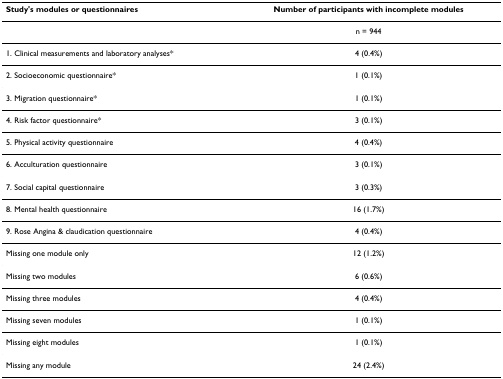
<table><thead><tr><td><b>Study&#x27;s modules or questionnaires</b></td><td><b>Number of participants with incomplete modules</b></td></tr></thead><tbody><tr><td></td><td>n = 944</td></tr><tr><td>1. Clinical measurements and laboratory analyses*</td><td>4 (0.4%)</td></tr><tr><td>2. Socioeconomic questionnaire*</td><td>1 (0.1%)</td></tr><tr><td>3. Migration questionnaire*</td><td>1 (0.1%)</td></tr><tr><td>4. Risk factor questionnaire*</td><td>3 (0.1%)</td></tr><tr><td>5. Physical activity questionnaire</td><td>4 (0.4%)</td></tr><tr><td>6. Acculturation questionnaire</td><td>3 (0.1%)</td></tr><tr><td>7. Social capital questionnaire</td><td>3 (0.3%)</td></tr><tr><td>8. Mental health questionnaire</td><td>16 (1.7%)</td></tr><tr><td>9. Rose Angina &amp; claudication questionnaire</td><td>4 (0.4%)</td></tr><tr><td>Missing one module only</td><td>12 (1.2%)</td></tr><tr><td>Missing two modules</td><td>6 (0.6%)</td></tr><tr><td>Missing three modules</td><td>4 (0.4%)</td></tr><tr><td>Missing seven modules</td><td>1 (0.1%)</td></tr><tr><td>Missing eight modules</td><td>1 (0.1%)</td></tr><tr><td>Missing any module</td><td>24 (2.4%)</td></tr></tbody></table>